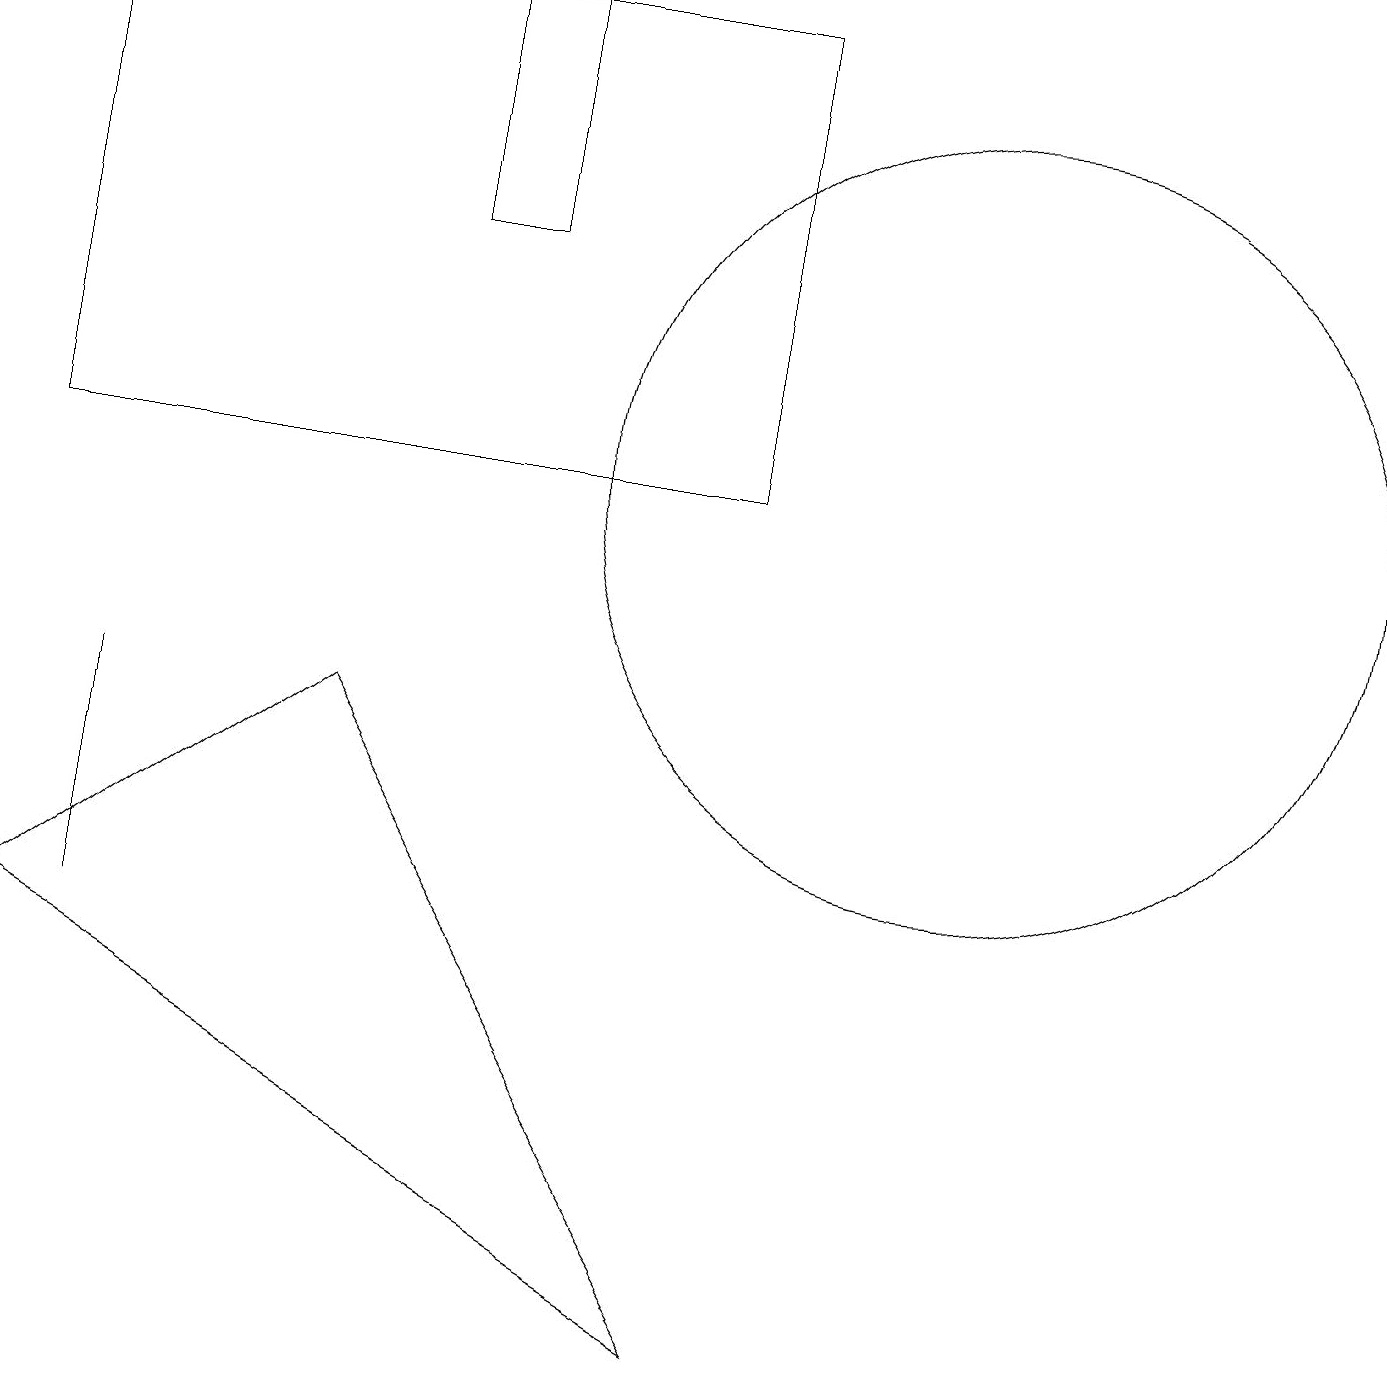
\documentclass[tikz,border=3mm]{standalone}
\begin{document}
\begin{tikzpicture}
\draw (12,11) circle (5);
\draw (9,17) rectangle (0,11);
\draw (9,0) -- (4,8) -- (0,5) -- cycle;
\draw (5,17) rectangle (6,14);
\draw (1,5) -- (1,8) -- (1,6) -- cycle;
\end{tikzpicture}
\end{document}